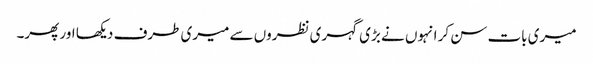
میری بات سن کر انہوں نے بڑی گہری نظروں سے میری طرف دیکھا اور پھر۔